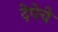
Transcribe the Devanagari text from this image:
देपेचे